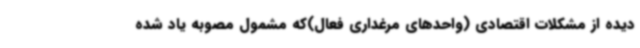
دیده از مشکلات اقتصادی (واحدهای مرغداری فعال)که مشمول مصوبه یاد شده